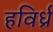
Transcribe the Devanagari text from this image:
हविर्ध्र